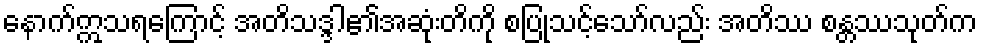
နောက်ဣသရကြောင့် အတိသဒ္ဒါ၏အဆုံးတိကို စပြုသင့်သော်လည်း အတိဿ စန္တဿသုတ်က